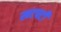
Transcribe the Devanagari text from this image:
खटपटी